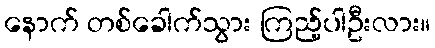
နောက် တစ်ခေါက်သွား ကြည့်ပါဦးလား။